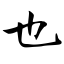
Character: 也